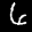
Digit: 6